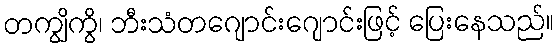
တကျွိကွိ၊ ဘီးသံတဂျောင်းဂျောင်းဖြင့် ပြေးနေသည်။